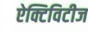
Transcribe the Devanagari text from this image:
ऐक्टिविटीज